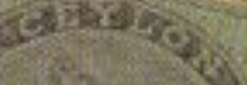
CEYLON